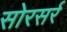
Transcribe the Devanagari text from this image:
सोरसर्र